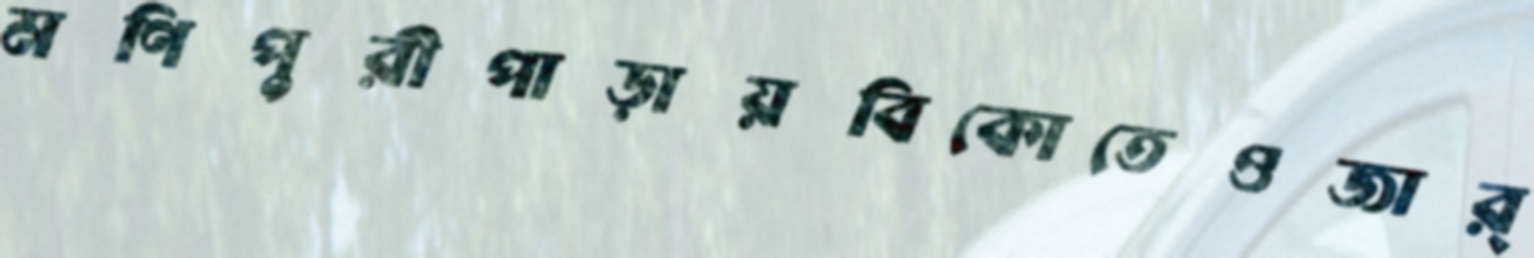
মণিপুরীপাড়ায়বিকোতেওজার্